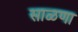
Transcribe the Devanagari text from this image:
साळणा